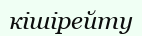
кішірейту